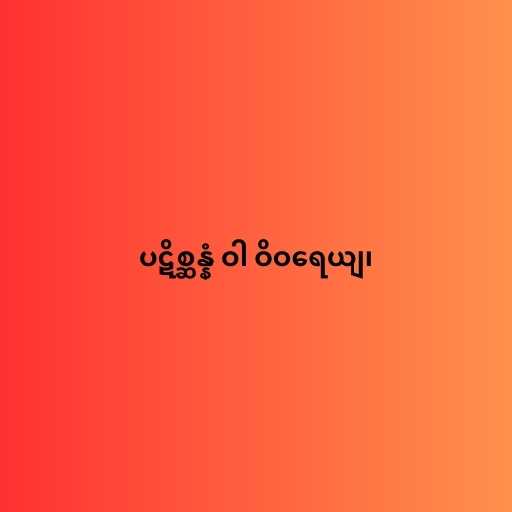
ပဋိစ္ဆန္နံ ဝါ ဝိဝရေယျ၊